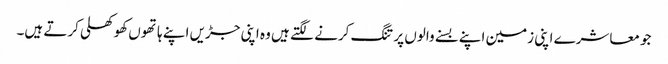
جو معاشرے اپنی زمین اپنے بسنے والوں پر تنگ کرنے لگتے ہیں وہ اپنی جڑیں اپنے ہاتھوں کھوکھلی کرتے ہیں۔